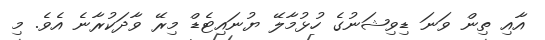
އާއި ތިން ވަނަ ޑިވިޝަނުގެ ހުޅުމާލޭ ޔުނައިޓެޑް މިރޭ ވާދަކުރާނެ އެވެ. މި